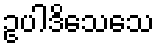
ဥပါဒိသေသေ